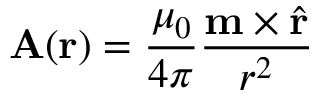
\mathbf { A } ( \mathbf { r } ) = { \frac { \mu _ { 0 } } { 4 \pi } } { \frac { \mathbf { m } \times { \hat { \mathbf { r } } } } { r ^ { 2 } } }